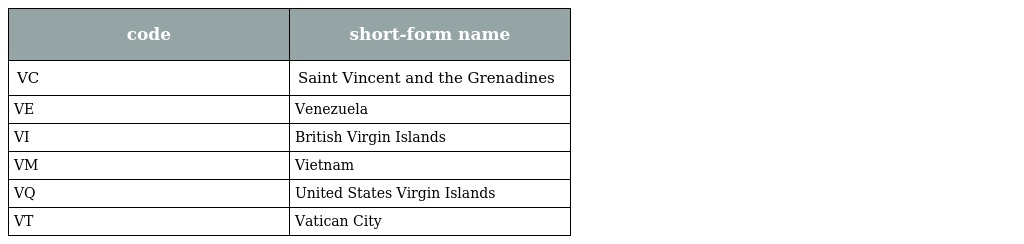
| code | short-form name |
 | --- | --- |
 | VC | Saint Vincent and the Grenadines |
 | VE | Venezuela |
 | VI | British Virgin Islands |
 | VM | Vietnam |
 | VQ | United States Virgin Islands |
 | VT | Vatican City |